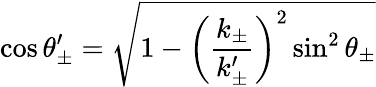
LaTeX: \cos\theta_{\pm}^{\prime}=\sqrt{1-\left(\frac{k_{\pm}}{k_{\pm}^{\prime}}\right)^{2}\sin^{2}\theta_{\pm}}